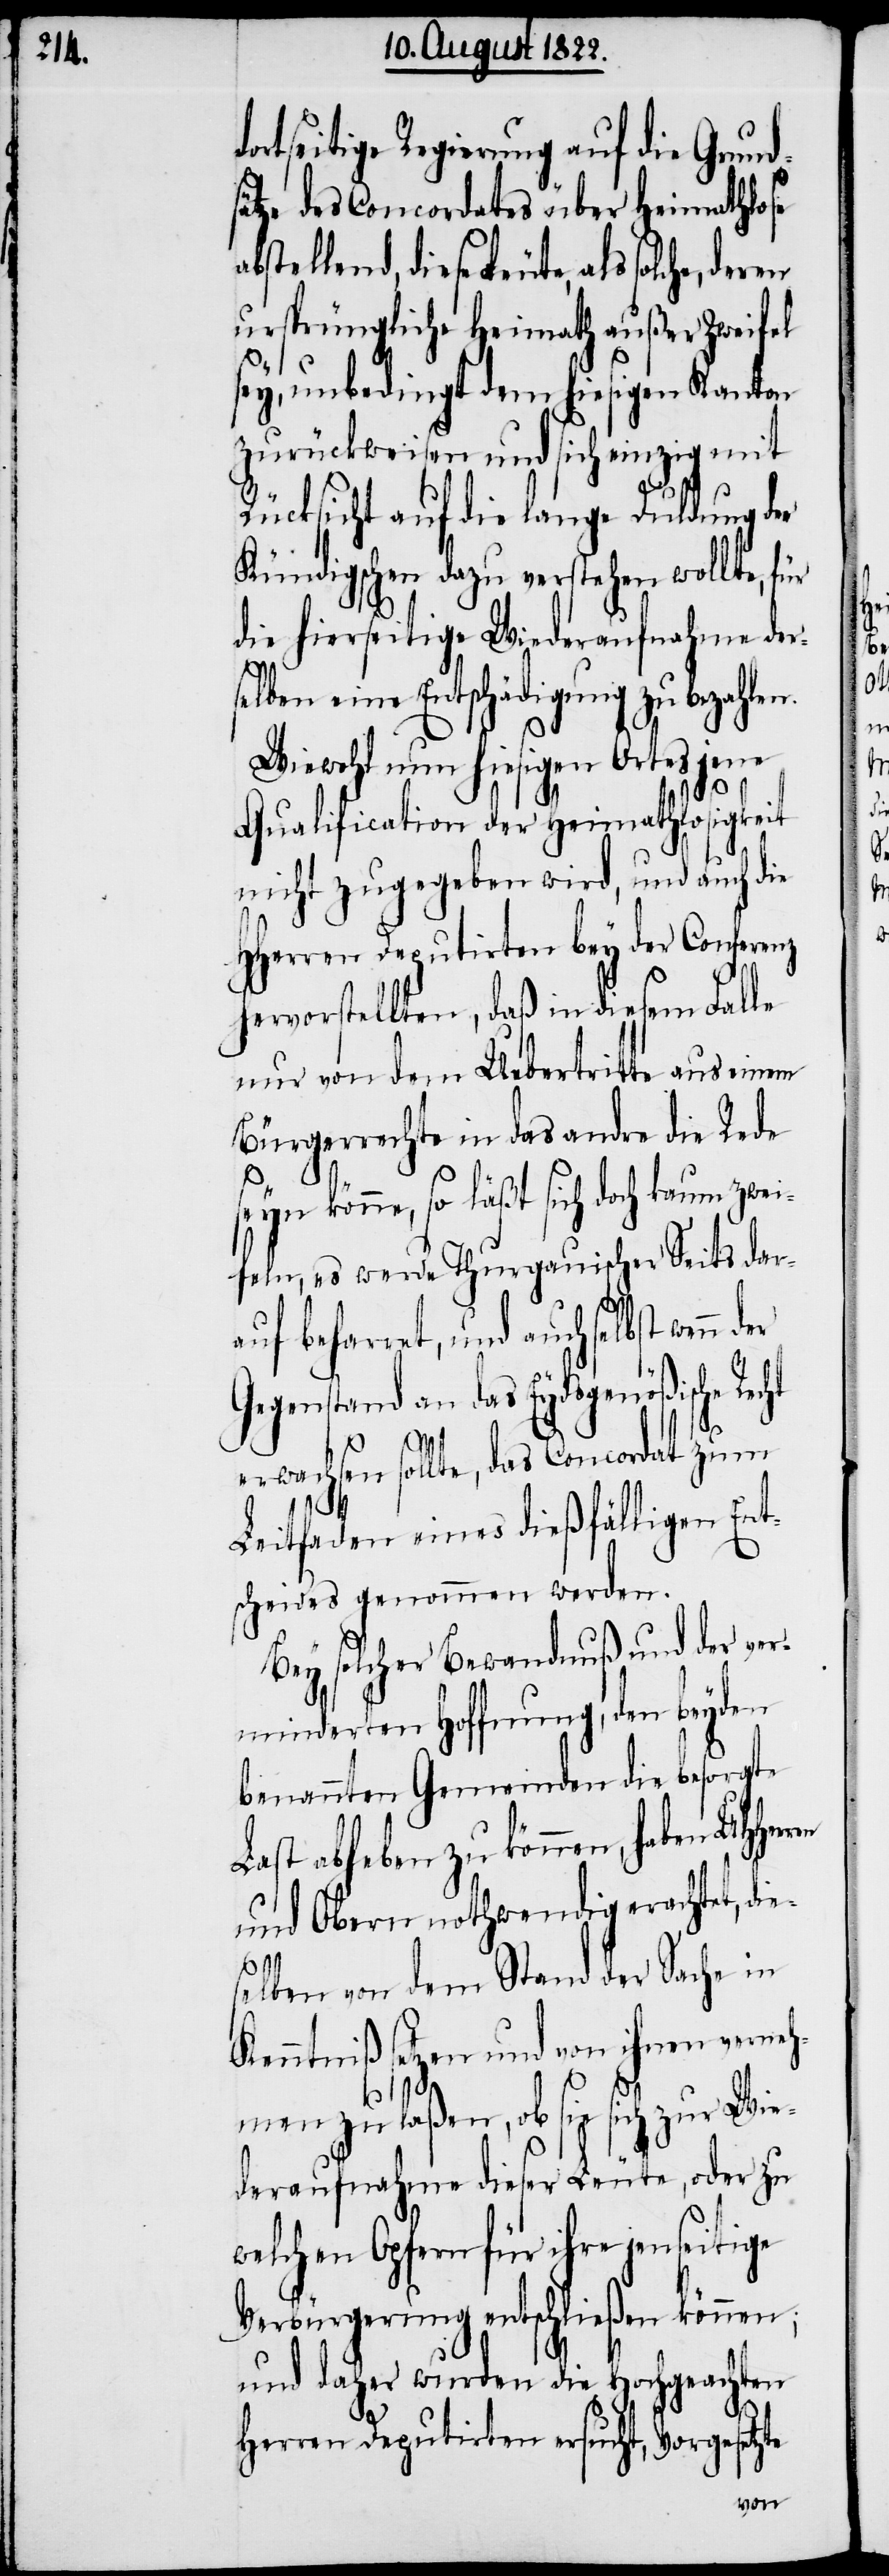
ortseitige Regierung auf die Grunds¬
ätze des Concordats über Heimathlose
abstellend, diese Leute, als solche,
ursprüngliche Heimath außer Zweifel
sey, unbedingt dem hiesigen Kanton
zurückweisen und sich einzig mit
Rücksicht auf die lange Duldung der
Kündigschen dazu verstehen wollte,
die hierseitige Wiederaufnahme der¬
selben eine Entschädigung zu bezahle¬
Wiewohl nun hiesigen Ortes jene
Qualification der Heimathlosigkeit
nicht zugegeben wird, und auch die
HHerren Deputirten bey der Conferenz
hervorstellen, daß in diesem Falle
nur von dem Uebertritte aus einem
Bürgerrechte in das andre die Rede
seyn könne, so läßt sich doch kaum zwe¬
ifeln, es werde Thurgauischen Seits dara¬
uf beharret, und auch selbst wenn
Gegenstand an das Eydsgenößische Rec¬
r Wie¬
erwachen sollte, das Concordat zum
Leitfaden eines dießfälligen Ent¬
scheides genommen werden.
Bey solcher Bewandnuß und der ver¬
minderten Hoffnung, den beyden
benannten Gemeinden die besorgte
Last abheben zu können, haben
und Obern nothwendig erachtet, di¬
e¬
selben von dem Stand der Sache in
Kenntniß setzen und von ihnen verneh¬
men zu laßen, ob sie sich zu¬
deraufnahme dieser Leute, oder zu
welchen Opfern für ihre jenseitige
Verbürgerung entschließen können;
und daher wurden die Hochgeachten
ht
Herren Deputirten ersucht, Vorgesetzte